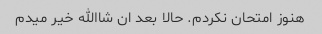
هنوز امتحان نکردم. حالا بعد ان شاالله خیر میدم